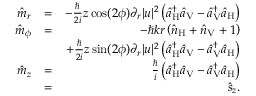
\begin{array} { r l r } { \hat { m } _ { r } } & { = } & { - \frac { \hbar } { 2 i } z \cos ( 2 \phi ) \partial _ { r } | u | ^ { 2 } \left( \hat { a } _ { \mathrm { H } } ^ { \dagger } \hat { a } _ { \mathrm { V } } - \hat { a } _ { \mathrm { V } } ^ { \dagger } \hat { a } _ { \mathrm { H } } \right) } \\ { \hat { m } _ { \phi } } & { = } & { - \hbar k r \left( \hat { n } _ { \mathrm { H } } + \hat { n } _ { \mathrm { V } } + 1 \right) } \\ & { } & { + \frac { \hbar } { 2 i } z \sin ( 2 \phi ) \partial _ { r } | u | ^ { 2 } \left( \hat { a } _ { \mathrm { H } } ^ { \dagger } \hat { a } _ { \mathrm { V } } - \hat { a } _ { \mathrm { V } } ^ { \dagger } \hat { a } _ { \mathrm { H } } \right) } \\ { \hat { m } _ { z } } & { = } & { \frac { \hbar } { i } \left( \hat { a } _ { \mathrm { H } } ^ { \dagger } \hat { a } _ { \mathrm { V } } - \hat { a } _ { \mathrm { V } } ^ { \dagger } \hat { a } _ { \mathrm { H } } \right) } \\ & { = } & { \hat { s } _ { z } . } \end{array}